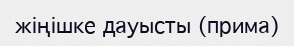
жіңішке дауысты (прима)